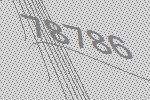
78786